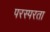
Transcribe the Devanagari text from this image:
परस्परता